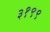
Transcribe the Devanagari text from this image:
३१९९